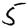
Digit: 5